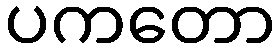
ပကတော